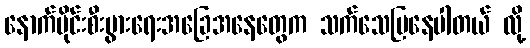
နောက်ပိုင်းစီးပွားရေးအခြေအနေတွေက သက်သေပြနေပါတယ် လို့